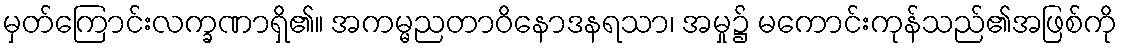
မှတ်ကြောင်းလက္ခဏာရှိ၏။ အကမ္မညတာဝိနောဒနရသာ၊ အမှု၌ မကောင်းကုန်သည်၏အဖြစ်ကို